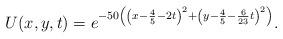
LaTeX: \begin{align*}U(x,y,t) = e^{-50 \left(\left(x- \frac{4}{5} - 2 t\right)^2 + \left(y - \frac{4}{5} - \frac{6}{23} t\right)^2\right)}.\end{align*}